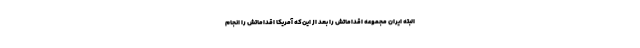
البته ایران مجموعه اقداماتش را بعد از این‌که آمریکا اقداماتش را انجام